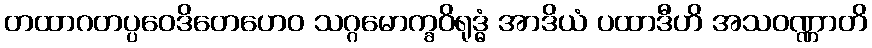
တထာဂတပ္ပဝေဒိတေဟေဝ သဂ္ဂမောက္ခဝိရုဒ္ဓံ အာဒိယံ ပထာဒီဟိ အသဝဏ္ဏာတိ